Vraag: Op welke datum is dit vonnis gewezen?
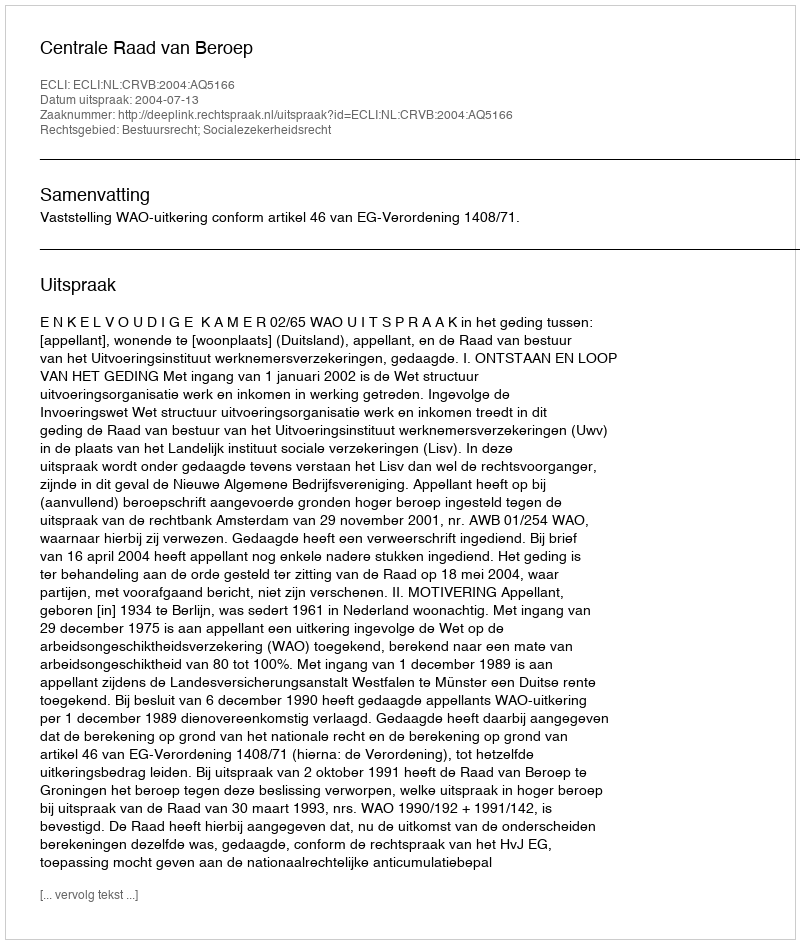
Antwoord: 2004-07-13